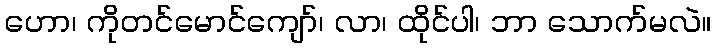
ဟော၊ ကိုတင်မောင်ကျော်၊ လာ၊ ထိုင်ပါ၊ ဘာ သောက်မလဲ။